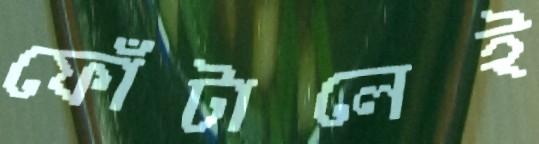
ফোঁটালেই